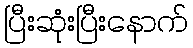
ပြီးဆုံးပြီးနောက်